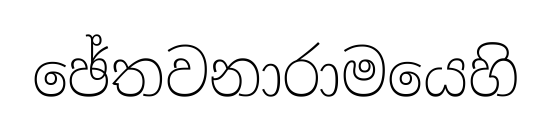
ඡේතවනාරාමයෙහි